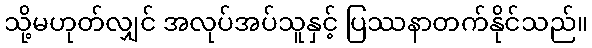
သို့မဟုတ်လျှင် အလုပ်အပ်သူနှင့် ပြဿနာတက်နိုင်သည်။